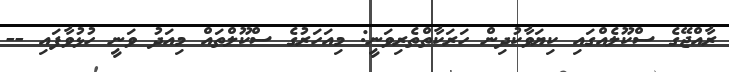
ރާއްޖޭގެ ސްކޫލެއްގައި ކިޔަވާކުދިން ހަރަކާތްތެރިވަނީ: މިއަހަރުގެ ސްކޫލްތައް މިއަދު ވަނީ ހުޅުވާފައި --